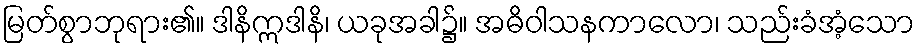
မြတ်စွာဘုရား၏။ ဒါနိဣဒါနိ၊ ယခုအခါ၌။ အဓိဝါသနကာလော၊ သည်းခံအံ့သော